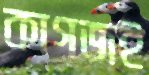
কাগজই